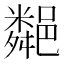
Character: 𨞁